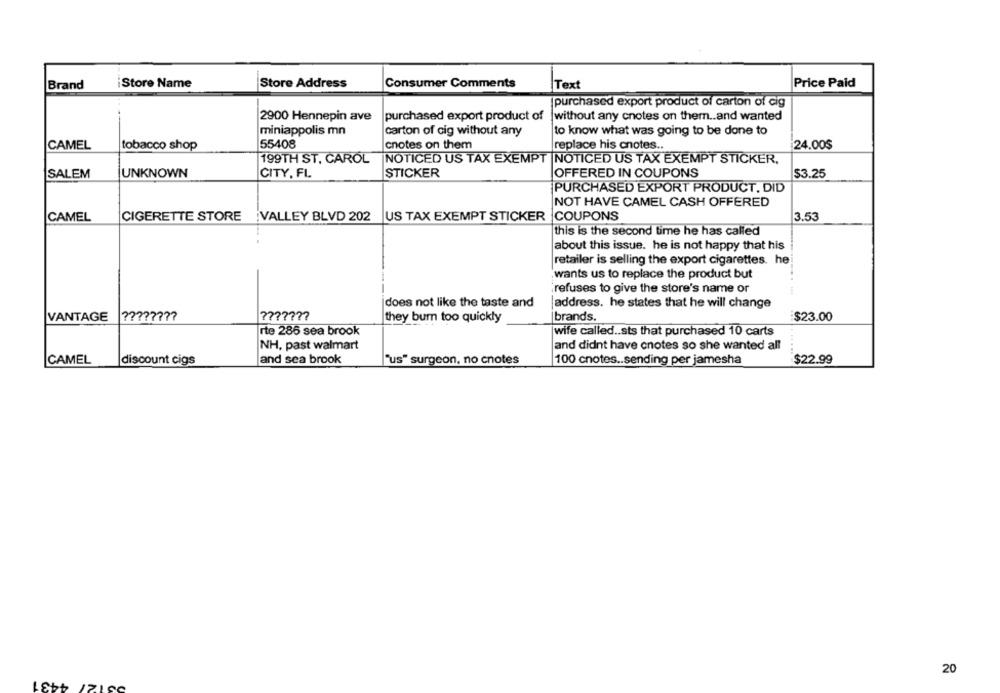
Consumer Comments
Brand
Store Name
Store Address
Text
Price Paid
purchased export product of carton of cig
2900 Hennepin ave
purchased export product of |without any cnotes on them .. and wanted
miniappolis mn
carton of cig without any
to know what was going to be done to
CAMEL
tobacco shop
55408
cnotes on them
replace his cnotes ..
24.00$
199TH ST. CAROL
NOTICED US TAX EXEMPT |NOTICED US TAX EXEMPT STICKER.
CITY, FL
STICKER
OFFERED IN COUPONS
SALEM
UNKNOWN
$3.25
PURCHASED EXPORT PRODUCT, DID
NOT HAVE CAMEL CASH OFFERED
CAMEL
CIGERETTE STORE VALLEY BLVD 202
US TAX EXEMPT STICKER COUPONS
3.53
this is the second time he has called
about this issue. he is not happy that his
retailer is selling the export cigarettes. he
wants us to replace the product but
refuses to give the store's name or
does not like the taste and
address. he states that he will change
VANTAGE
they burn too quickly
brands.
$23.00
rte 286 sea brook
wife called .. sts that purchased 10 carts
NH, past walmart
and didnt have cnotes so she wanted all
CAMEL
discount cigs
and sea brook
"us" surgeon, no cnotes
100 cnotes .. sending per jamesha
$22.99
20
53127 4431